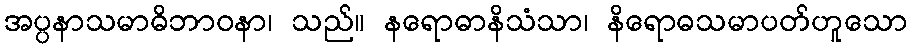
အပ္ပနာသမာဓိဘာဝနာ၊ သည်။ နရောဓာနိသံသာ၊ နိရောဓသမာပတ်ဟူသော